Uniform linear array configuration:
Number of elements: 32
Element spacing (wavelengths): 0.75
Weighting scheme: hamming
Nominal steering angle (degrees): -45
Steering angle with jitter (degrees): -45.513
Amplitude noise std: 0.05
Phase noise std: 0.05

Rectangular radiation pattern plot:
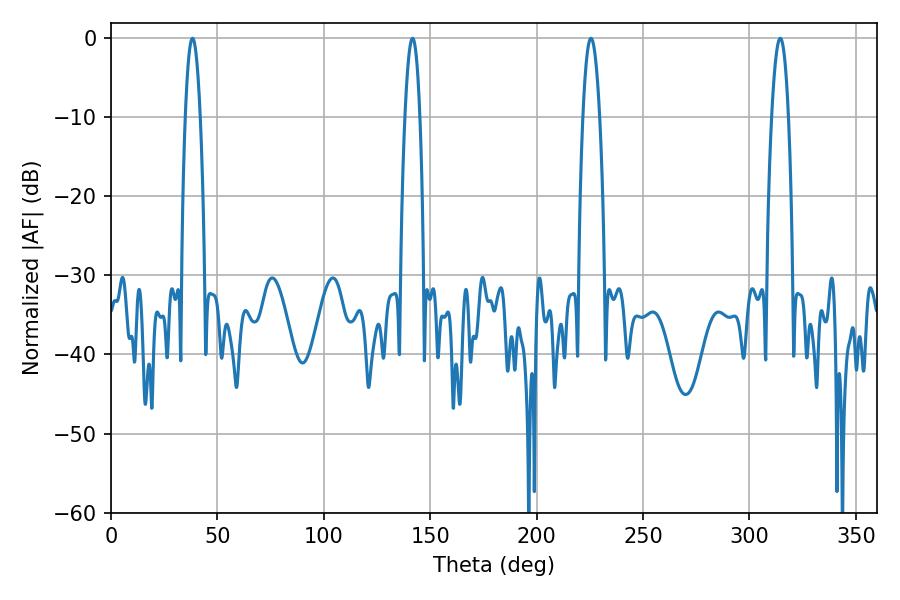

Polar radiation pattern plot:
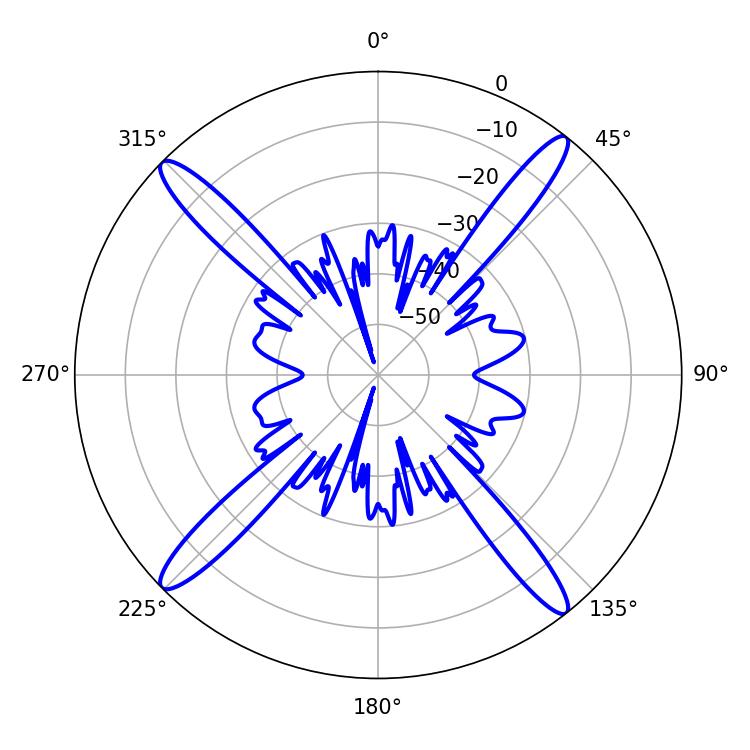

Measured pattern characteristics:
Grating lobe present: TRUE
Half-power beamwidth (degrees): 4.32
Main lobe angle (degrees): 225.54